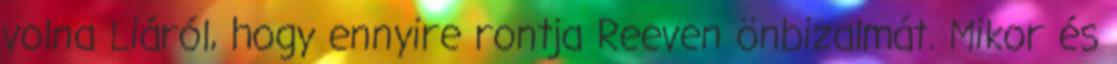
volna Liáról, hogy ennyire rontja Reeven önbizalmát. Mikor és